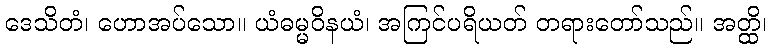
ဒေသိတံ၊ ဟောအပ်သော။ ယံဓမ္မဝိနယံ၊ အကြင်ပရိယတ် တရားတော်သည်။ အတ္ထိ၊